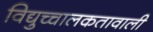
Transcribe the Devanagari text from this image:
विद्युच्चालकतावाली